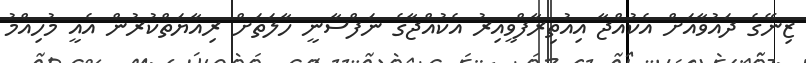
ޒިނޭގެ ދައުވާއަށް އެކުއްޖާ އިއުތިރާފްވީއިރު އެކުއްޖާގެ ނަފްސާނީ ހާލަތަށް ރިއާޔަތްކުރުން އެއީ މުހިއްމު